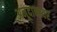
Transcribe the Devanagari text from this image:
अनूदानावर